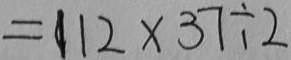
= 1 1 2 \times 3 7 \div 2